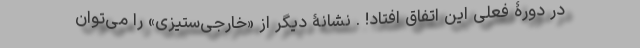
در دورۀ فعلی این اتفاق افتاد! . نشانۀ دیگر از «خارجی‌ستیزی» را می‌توان